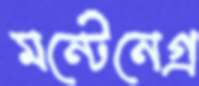
মন্টেনেগ্র